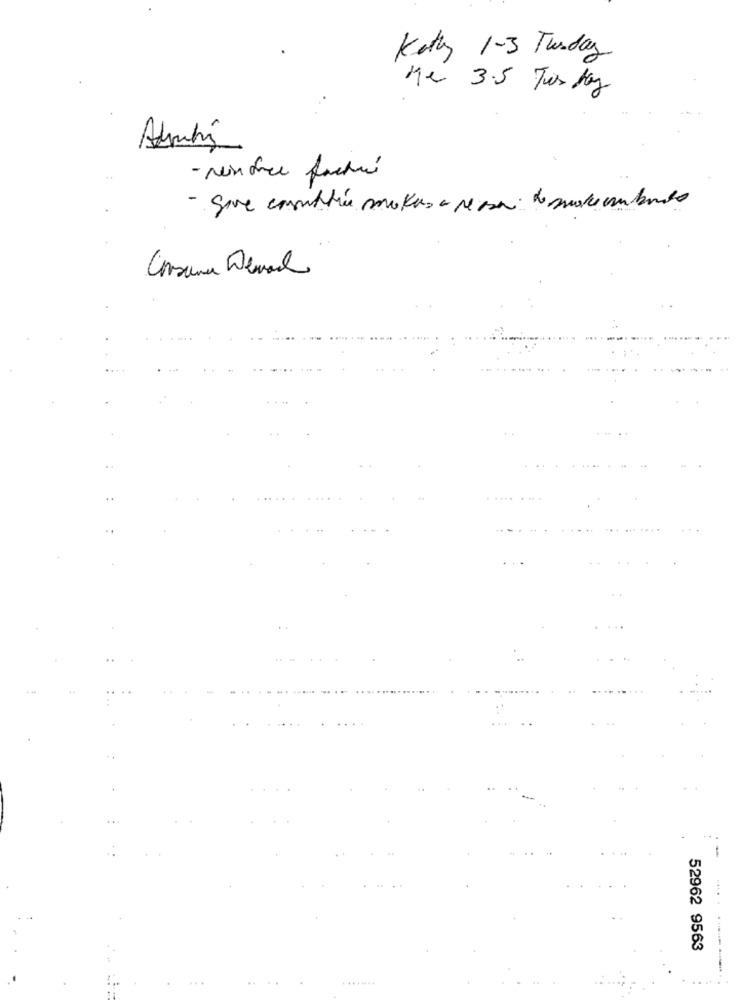
Kathy 1-3 Tuesday
Me 3.5 Tor bay
Admini
- New face facturé
- Save constitué makes a reason de make cambiando
Consuma Denal
52962 9563
.......
.. ..